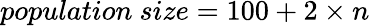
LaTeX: population~size=100+2\times n